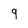
Character: 9